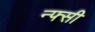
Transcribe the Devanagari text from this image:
न्फ्सी